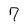
Character: 7